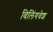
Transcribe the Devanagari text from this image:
विलिंगवेश